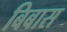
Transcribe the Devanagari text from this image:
बिबास